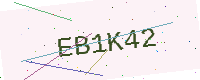
Text: EB1K42